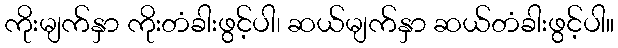
ကိုးမျက်နှာ ကိုးတံခါးဖွင့်ပါ၊ ဆယ်မျက်နှာ ဆယ်တံခါးဖွင့်ပါ။